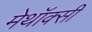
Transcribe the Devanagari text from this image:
मेथॉक्सी